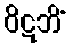
ဝိဋဘိံ